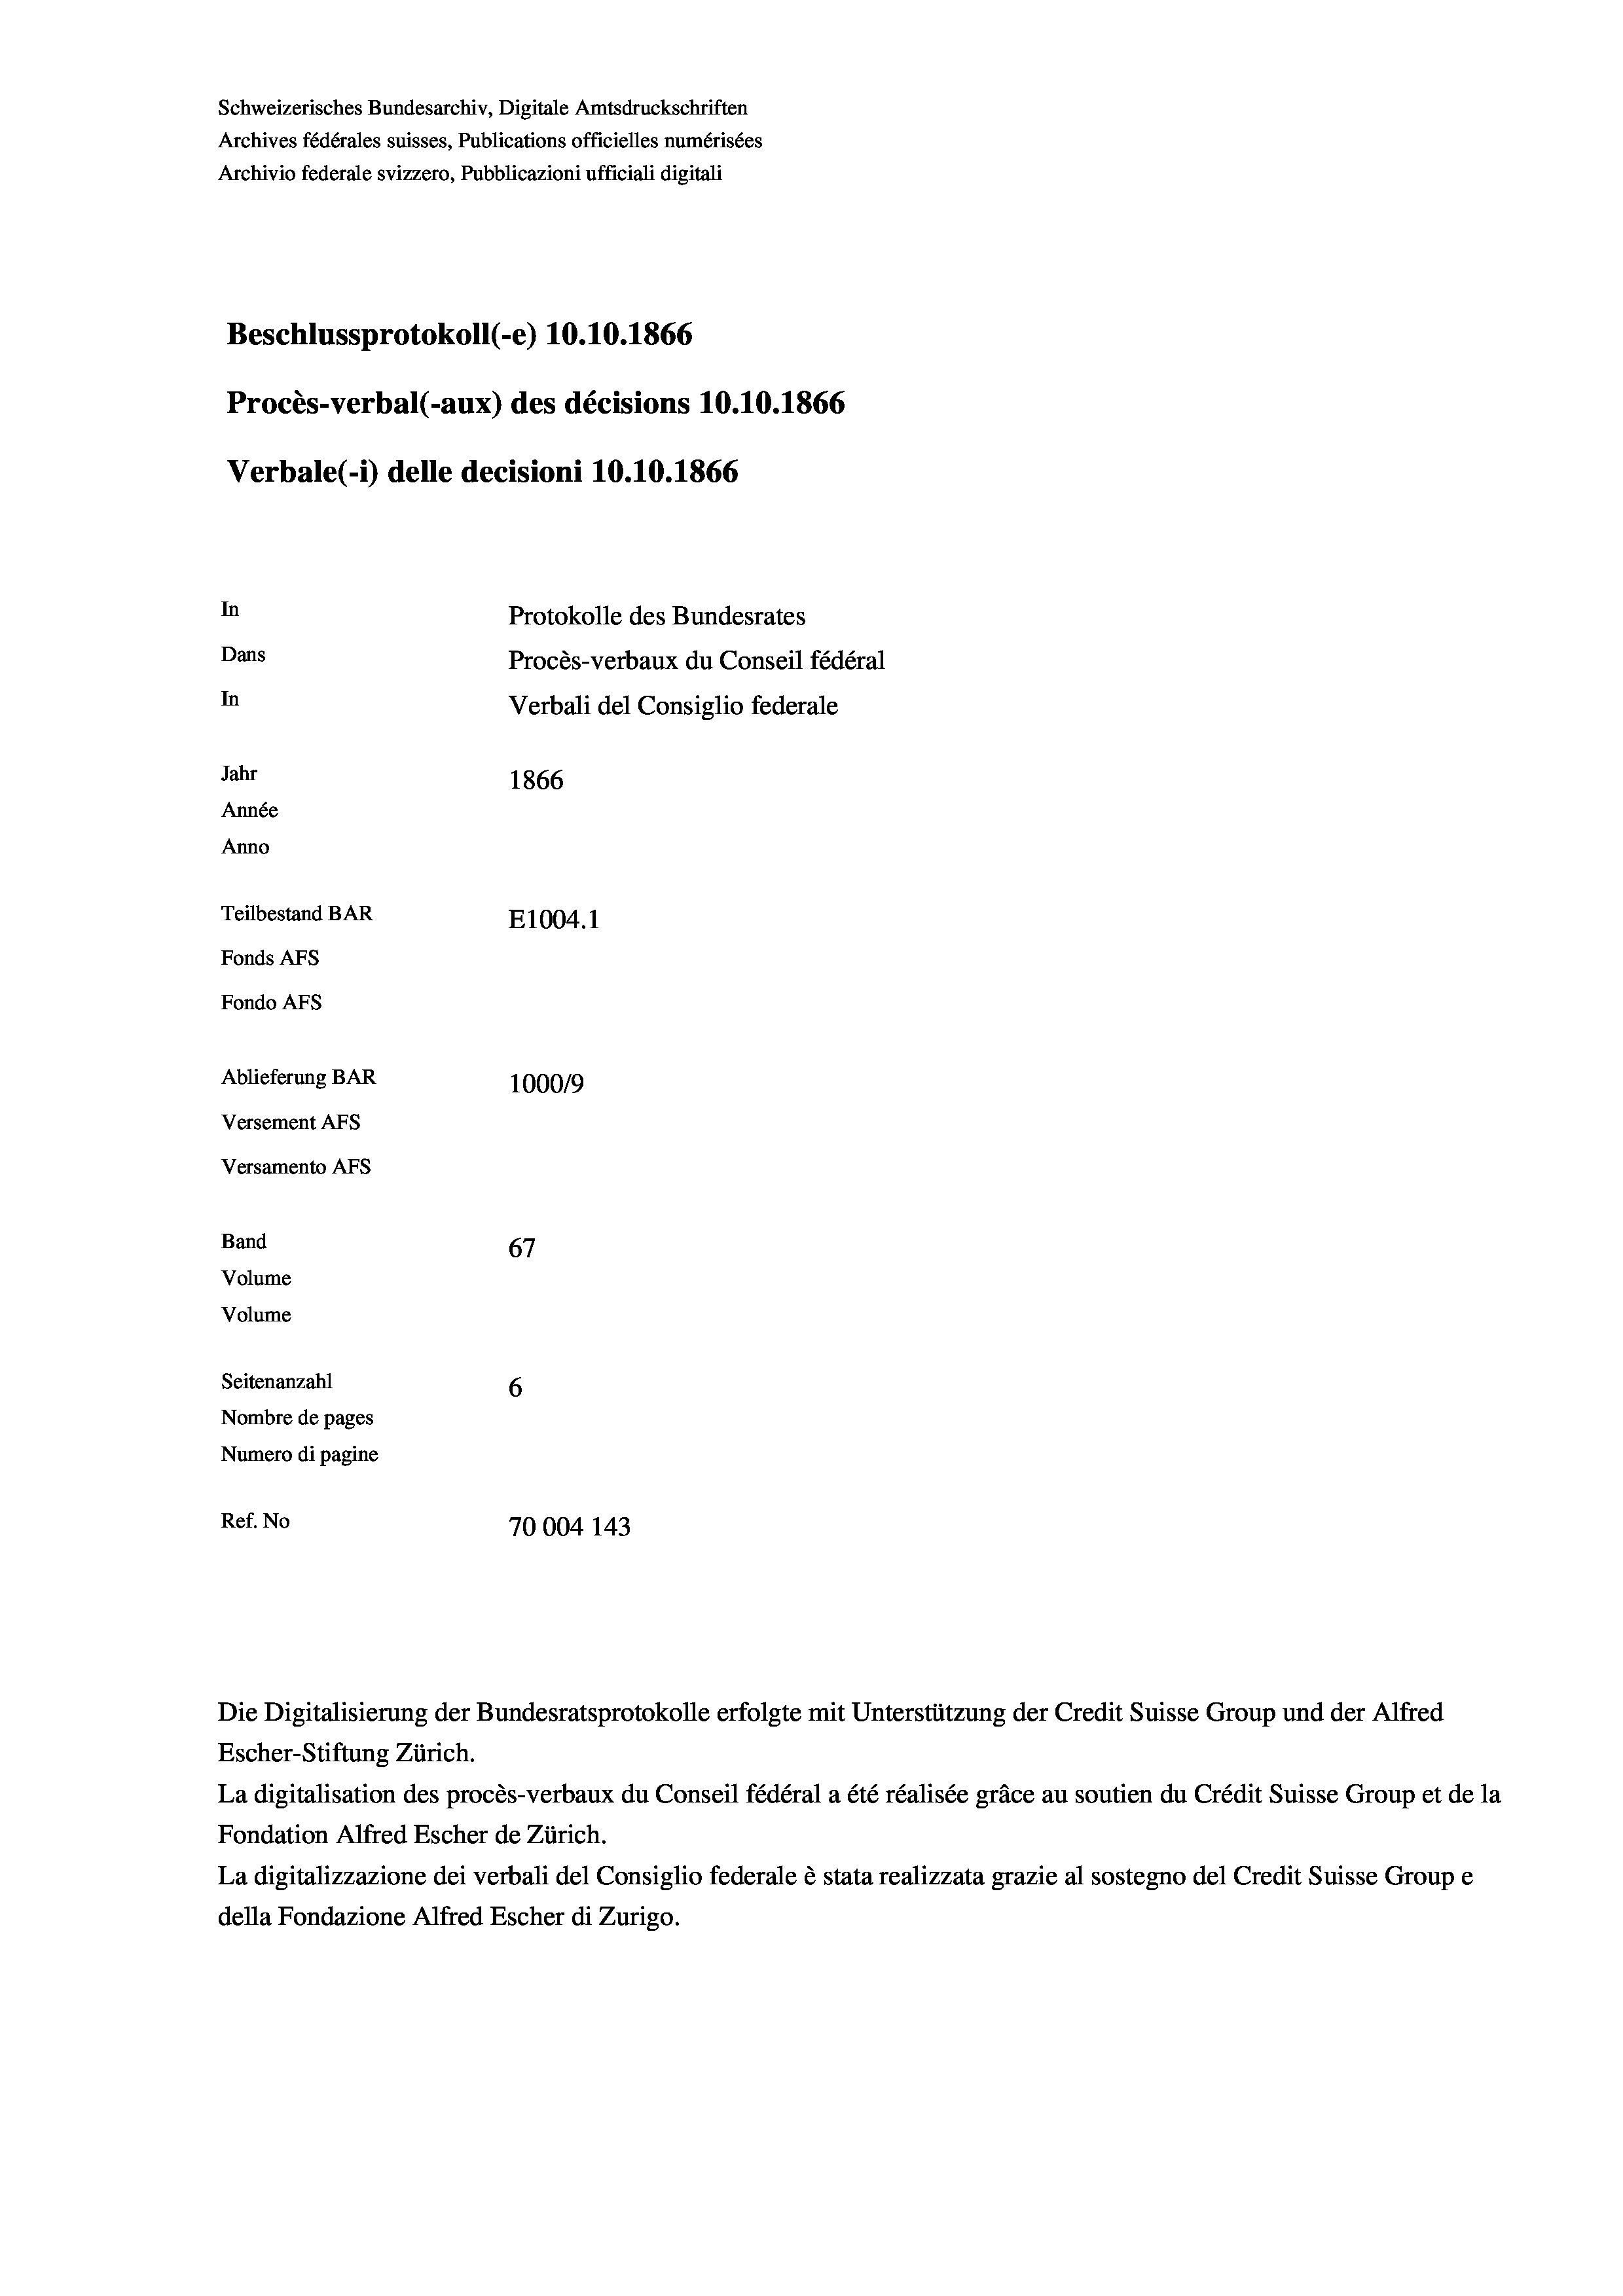
Schweizerisches Bundesarchiv, Digitale Amtsdruckschriften
Archives fédérales suisses, Publications officielles numérisées
Archivio federale svizzero, Pubblicazioni ufficiali digitali
Beschlussprotokoll (-e) 10.10.1866
Procès-verbal (-aux) des décisions 10.10.1866
Verbale (i) delle decisioni 10.10.1866
In
Protokolle des Bundesrates
Dans
Procès-verbaux du Conseil fédéral
In
Verbali del Consiglio federale
Jahr
1866
Année
Anno
Teilbestand BAR
E1004. 1
Fonds AEs
Fondo AFs
Ablieferung BAR
100019
Versement AFS
Versamento AFs
Band
67
Volume
Volume
Seitenanzahl
6
Nombre de pages
Numero di pagine
Ref. No
70004 143

La digitalisation des procès-verbaux du Conseil fédéral a été réalisée gräce au soutien du Crédit Suisse Group et de la
Fondation Alfred Escher de Zürich.
La digitalizzazione dei verbali del Consiglio federale è stata realizzata grazie al sostegno del Credit Suisse Groupe
della Fondazione Alfred Escher di Zurigo.

Escher-Stiftung Zürich.

Die Digitalisierung der Bundesratsprotokolle erfolgte mit Unterstützung der Credit Suisse Group und der Alfred